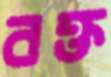
বক্ত